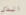
الذي